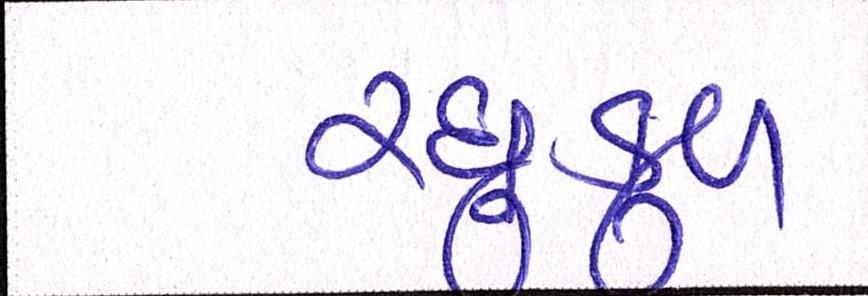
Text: રઘુકુળ